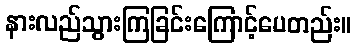
နားလည်သွားကြခြင်းကြောင့်ပေတည်း။